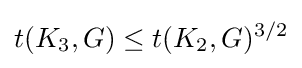
t(K_{3},G)\leq t(K_{2},G)^{3/2}